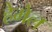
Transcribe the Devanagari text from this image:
हेमेल